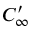
C _ { \infty } ^ { \prime }